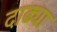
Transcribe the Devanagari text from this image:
दाढ्या